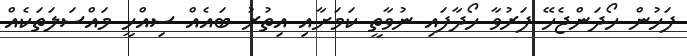
ފަހުން ހޯދަންޖެހޭ ފަރުވާ ހޯދާފައި ނުވާތީ ކަމަށާއި އިތުރު ބައެއް ސިއްހީ މައްސަލަތަކެއް